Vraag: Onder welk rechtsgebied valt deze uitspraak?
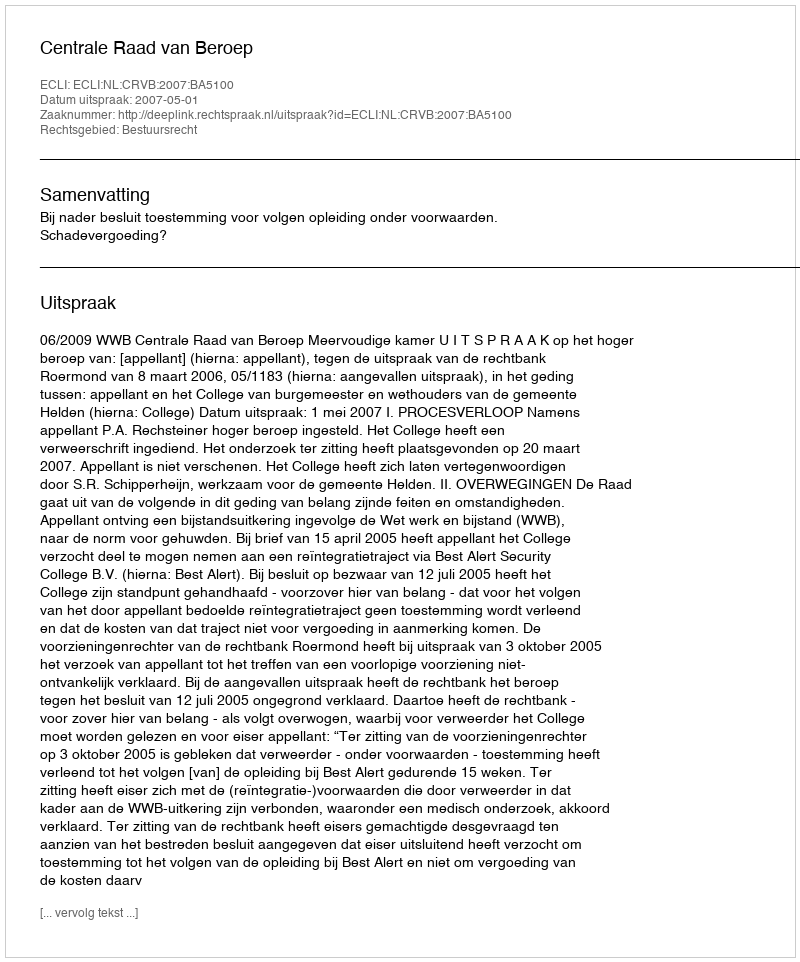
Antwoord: Bestuursrecht